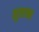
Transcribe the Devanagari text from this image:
मूलएक्स